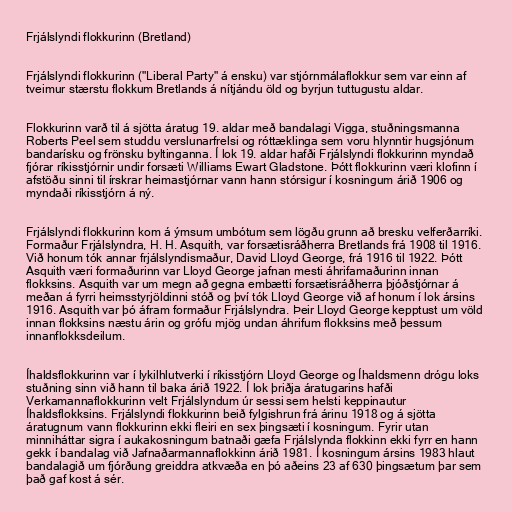
Frjálslyndi flokkurinn (Bretland)

Frjálslyndi flokkurinn ("Liberal Party" á ensku) var stjórnmálaflokkur sem var einn af
tveimur stærstu flokkum Bretlands á nítjándu öld og byrjun tuttugustu aldar.

Flokkurinn varð til á sjötta áratug 19. aldar með bandalagi Vigga, stuðningsmanna
Roberts Peel sem studdu verslunarfrelsi og róttæklinga sem voru hlynntir hugsjónum
bandarísku og frönsku byltinganna. Í lok 19. aldar hafði Frjálslyndi flokkurinn myndað
fjórar ríkisstjórnir undir forsæti Williams Ewart Gladstone. Þótt flokkurinn væri klofinn í
afstöðu sinni til írskrar heimastjórnar vann hann stórsigur í kosningum árið 1906 og
myndaði ríkisstjórn á ný.

Frjálslyndi flokkurinn kom á ýmsum umbótum sem lögðu grunn að bresku velferðarríki.
Formaður Frjálslyndra, H. H. Asquith, var forsætisráðherra Bretlands frá 1908 til 1916.
Við honum tók annar frjálslyndismaður, David Lloyd George, frá 1916 til 1922. Þótt
Asquith væri formaðurinn var Lloyd George jafnan mesti áhrifamaðurinn innan
flokksins. Asquith var um megn að gegna embætti forsætisráðherra þjóðstjórnar á
meðan á fyrri heimsstyrjöldinni stóð og því tók Lloyd George við af honum í lok ársins
1916. Asquith var þó áfram formaður Frjálslyndra. Þeir Lloyd George kepptust um völd
innan flokksins næstu árin og grófu mjög undan áhrifum flokksins með þessum
innanflokksdeilum.

Íhaldsflokkurinn var í lykilhlutverki í ríkisstjórn Lloyd George og Íhaldsmenn drógu loks
stuðning sinn við hann til baka árið 1922. Í lok þriðja áratugarins hafði
Verkamannaflokkurinn velt Frjálslyndum úr sessi sem helsti keppinautur
Íhaldsflokksins. Frjálslyndi flokkurinn beið fylgishrun frá árinu 1918 og á sjötta
áratugnum vann flokkurinn ekki fleiri en sex þingsæti í kosningum. Fyrir utan
minniháttar sigra í aukakosningum batnaði gæfa Frjálslynda flokkinn ekki fyrr en hann
gekk í bandalag við Jafnaðarmannaflokkinn árið 1981. Í kosningum ársins 1983 hlaut
bandalagið um fjórðung greiddra atkvæða en þó aðeins 23 af 630 þingsætum þar sem
það gaf kost á sér.